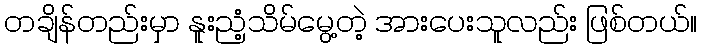
တချိန်တည်းမှာ နူးညံ့သိမ်မွေ့တဲ့ အားပေးသူလည်း ဖြစ်တယ်။